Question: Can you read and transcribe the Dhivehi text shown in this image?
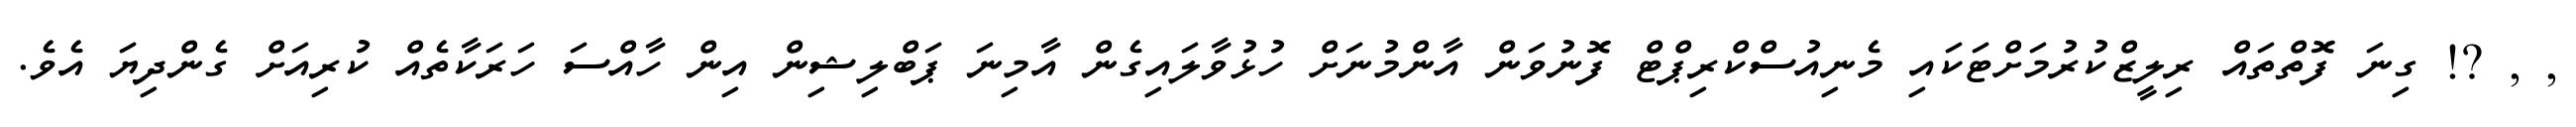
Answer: , , ?! ގިނަ ފޮތްތައް ރިލީޒްކުރުމަށްޓަކައި މެނިއުސްކްރިޕްޓް ފޮނުވަން އާންމުނަށް ހުޅުވާލައިގެން އާމިނަ ޕަބްލިޝިން އިން ހާއްސަ ހަރަކާތެއް ކުރިއަށް ގެންދިޔަ އެވެ.